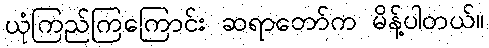
ယုံကြည်ကြကြောင်း ဆရာတော်က မိန့်ပါတယ်။